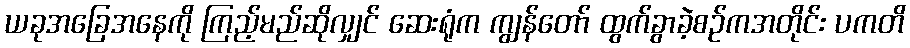
ယခုအခြေအနေကို ကြည့်မည်ဆိုလျှင် ဆေးရုံက ကျွန်တော် ထွက်ခွာခဲ့စဉ်ကအတိုင်း ပကတိ